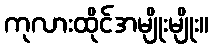
ကုလားထိုင်အမျိုးမျိုး။